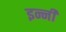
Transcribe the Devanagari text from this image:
इन्नी